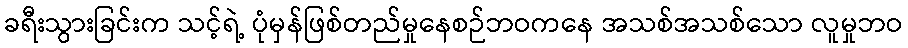
ခရီးသွားခြင်းက သင့်ရဲ့ ပုံမှန်ဖြစ်တည်မှုနေစဉ်ဘဝကနေ အသစ်အသစ်သော လူမှုဘဝ